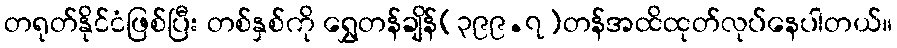
တရုတ်နိုင်ငံဖြစ်ပြီး တစ်နှစ်ကို ရွှေတန်ချိန်(၃၉၉.၇)တန်အထိထုတ်လုပ်နေပါတယ်။